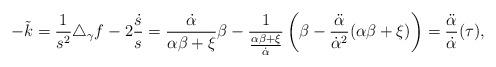
LaTeX: \begin{align*} -\tilde{k}=\frac{1}{s^2}\triangle_{\gamma}f-2\frac{\dot{s}}{s}=\frac{\dot{\alpha}}{\alpha\beta+\xi}\beta-\frac{1}{\frac{\alpha\beta+\xi}{\dot{\alpha}}}\left(\beta-\frac{\ddot{\alpha}}{\dot{\alpha}^2}(\alpha\beta+\xi)\right)=\frac{\ddot{\alpha}}{\dot{\alpha}}(\tau),\end{align*}